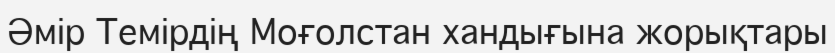
Әмір Темірдің Моғолстан хандығына жорықтары